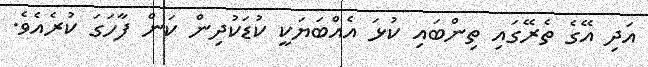
އަދި އޭގެ ތެރޭގައި ތިންބައި ކުޅަ އެއްބަޔަކީ ކުޑަކުދިން ކަން ފާހަގަ ކުރެއެވެ.